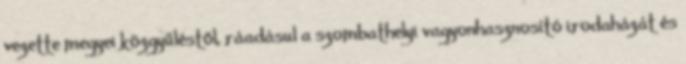
vezette megyei közgyűléstől, ráadásul a szombathelyi vagyonhasznosító irodaházát és